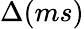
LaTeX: \Delta(ms)